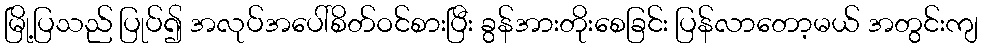
မြို့ပြသည် ပြုပ်၍ အလုပ်အပေါ်စိတ်ဝင်စားပြီး ခွန်အားတိုးစေခြင်း ပြန်လာတော့မယ် အတွင်းကျ